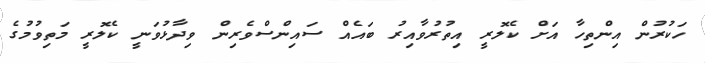
ހަކުރުން އިންތިހާ އަށް ކެލޮރީ އިތުރުވާއިރު ބައެއް ސައިންސްވެރިން ވިދާޅުވަނީ ކެލޮރީ މަތިވުމުގެ